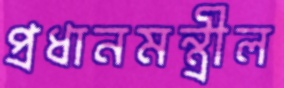
প্রধানমন্ত্রীল